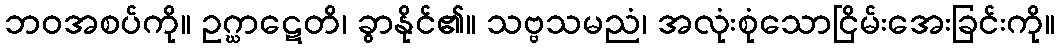
ဘဝအစပ်ကို။ ဥဂ္ဃာဋေတိ၊ ခွာနိုင်၏။ သဗ္ဗသမညံ၊ အလုံးစုံသောငြိမ်းအေးခြင်းကို။